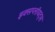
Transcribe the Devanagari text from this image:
इक्सप्लॉयट्स